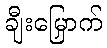
ချီးမြှောက်